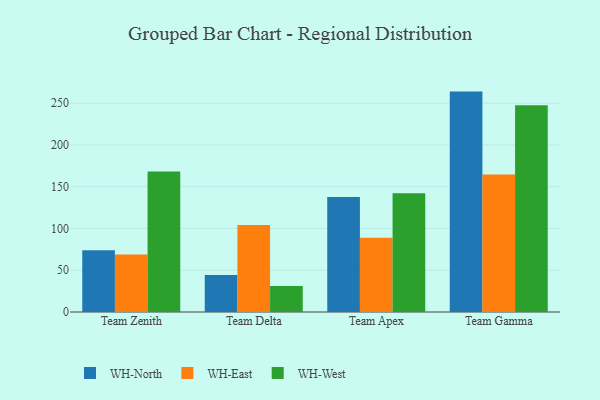
{"axis": {"x": "Team", "y": "Satisfaction Score"}, "legend": ["WH-East", "WH-North", "WH-West"], "data": [{"x": "Team Zenith", "y": 74.0, "type": "WH-North"}, {"x": "Team Zenith", "y": 68.8, "type": "WH-East"}, {"x": "Team Zenith", "y": 168.2, "type": "WH-West"}, {"x": "Team Delta", "y": 44.2, "type": "WH-North"}, {"x": "Team Delta", "y": 104.1, "type": "WH-East"}, {"x": "Team Delta", "y": 31.2, "type": "WH-West"}, {"x": "Team Apex", "y": 137.8, "type": "WH-North"}, {"x": "Team Apex", "y": 88.9, "type": "WH-East"}, {"x": "Team Apex", "y": 142.3, "type": "WH-West"}, {"x": "Team Gamma", "y": 263.9, "type": "WH-North"}, {"x": "Team Gamma", "y": 164.6, "type": "WH-East"}, {"x": "Team Gamma", "y": 247.7, "type": "WH-West"}]}